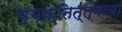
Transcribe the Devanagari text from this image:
व्यक्तित्त्वाचा